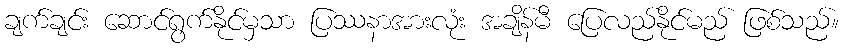
ချက်ချင်း ဆောင်ရွက်နိုင်မှသာ ပြဿနာအားလုံး အချိန်မီ ပြေလည်နိုင်မည် ဖြစ်သည်။